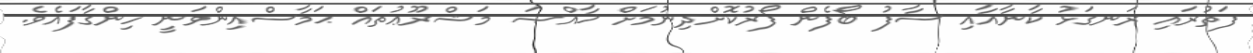
ފަތުރައި ރަނގަޅު ކާނާއާއި ސާފު ބޯފެން ފޯރުކޮށްދިނުމަށް ޚާއްޞަ މަޝްރޫޢުތައް ޙަމާސްއިންވަނީ ހިންގާފައެވެ.